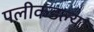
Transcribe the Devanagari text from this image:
पलीकडल्या